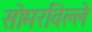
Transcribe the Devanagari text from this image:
सोमरविल्ले